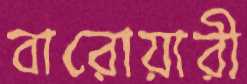
বারোয়ারী